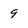
Character: 9